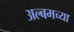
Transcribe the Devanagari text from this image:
अल्बमच्या